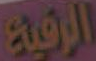
الرفيع